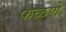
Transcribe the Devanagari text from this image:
फळणे